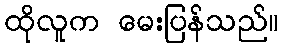
ထိုလူက မေးပြန်သည်။